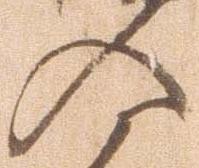
入